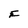
Character: E